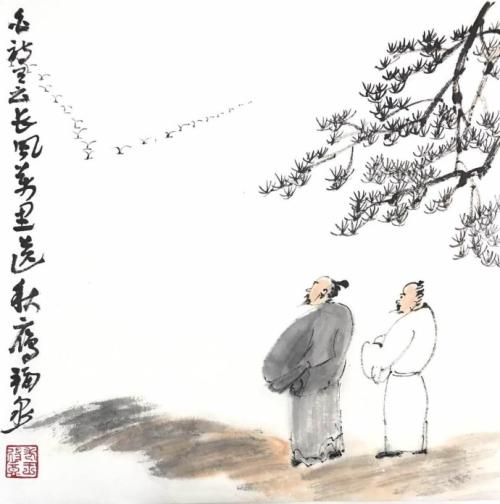
长风万里送秋雁，对此可以酣高楼。